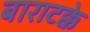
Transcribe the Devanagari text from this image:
बाराटक्के